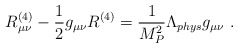
\begin{align*}R_{\mu\nu}^{(4)} - \frac{1}{2} g_{\mu\nu} R^{(4)} = \frac{1}{M_P^2}\Lambda_{phys} g_{\mu\nu}~.\end{align*}